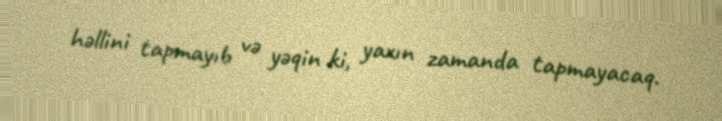
həllini tapmayıb və yəqin ki, yaxın zamanda tapmayacaq.